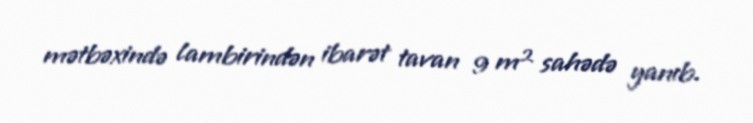
mətbəxində lambirindən ibarət tavan 9 m² sahədə yanıb.